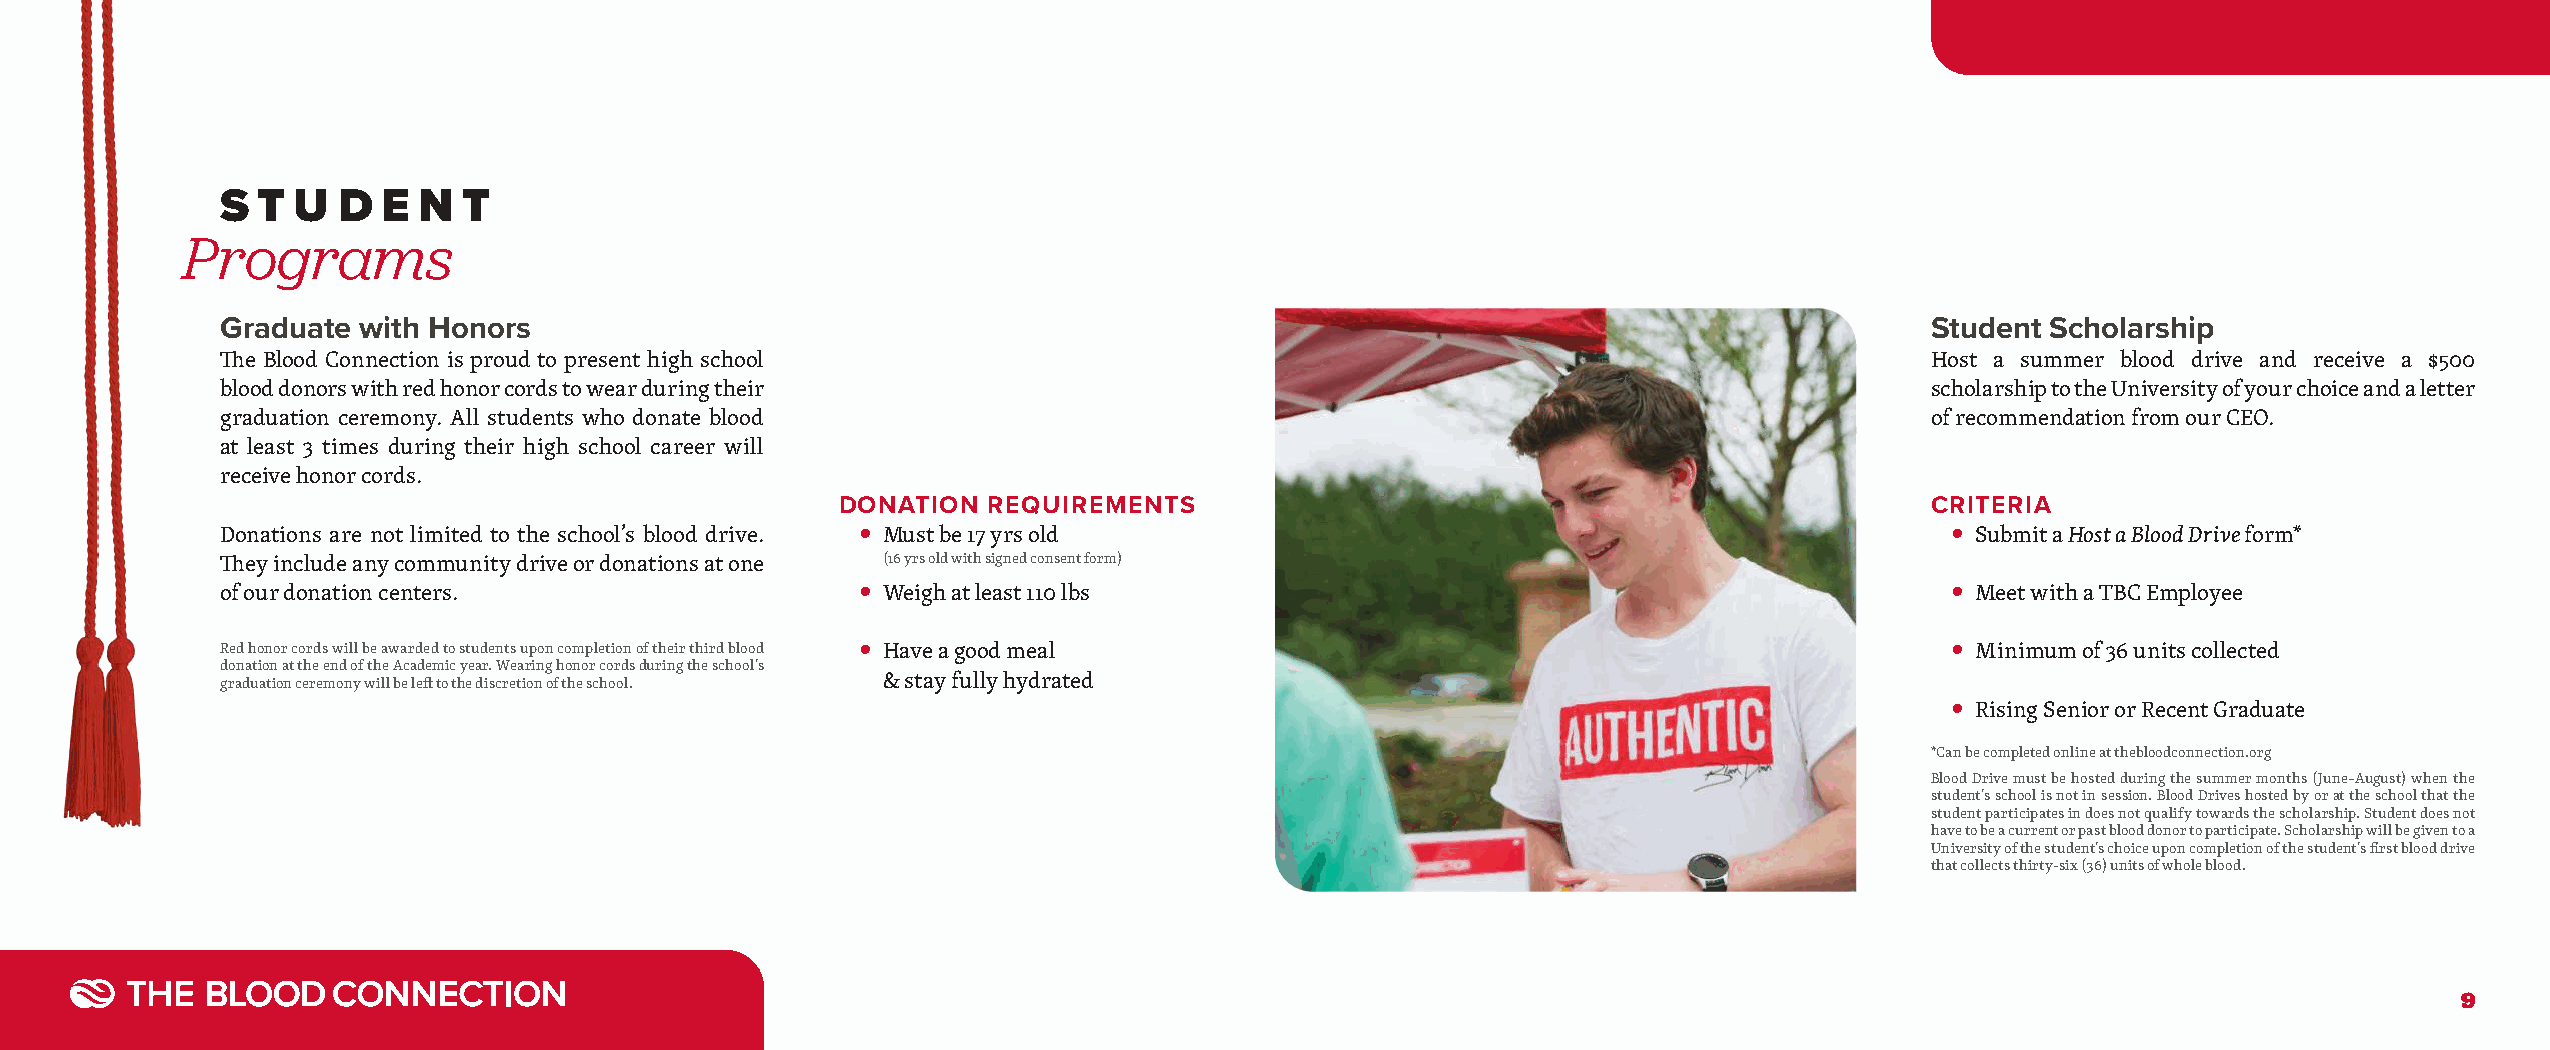
S T U  D  E  N  T
 Programs
 Graduate with Honors                                                                                             Student Scholarship
 The Blood Connection is proud to present high school                                                             Host a summer blood drive and receive a $500
 blood donors with red honor cords to wear during their                                                           scholarship to the University of your choice and a letter
 graduation ceremony. All students who donate blood                                                               of recommendation from our CEO.
 at least 3 times during their high school career will
 receive honor cords.
 DONATION REQUIREMENTS                                                   CRITERIA
 Donations are not limited to the school’s blood drive. • Must be 17 yrs old                                       • Submit a Host a Blood Drive form*
 They include any community drive or donations at one (16 yrs old with signed consent form)
 •                                                                       •
 of our donation centers.                   Weigh at least 110 lbs                                                   Meet with a TBC Employee
 •                                                                       •
 Red honor cords will be awarded to students upon completion of their third blood Have a good meal                   Minimum of 36 units collected
 donation at the end of the Academic year. Wearing honor cords during the school’s
 & stay fully hydrated
 graduation ceremony will be left to the discretion of the school.
 •
 Rising Senior or Recent Graduate
 *Can be completed online at thebloodconnection.org
 Blood Drive must be hosted during the summer months (June–August) when the
 student’s school is not in session. Blood Drives hosted by or at the school that the
 student participates in does not qualify towards the scholarship. Student does not
 have to be a current or past blood donor to participate. Scholarship will be given to a
 University of the student’s choice upon completion of the student’s first blood drive
 that collects thirty-six (36) units of whole blood.
 9